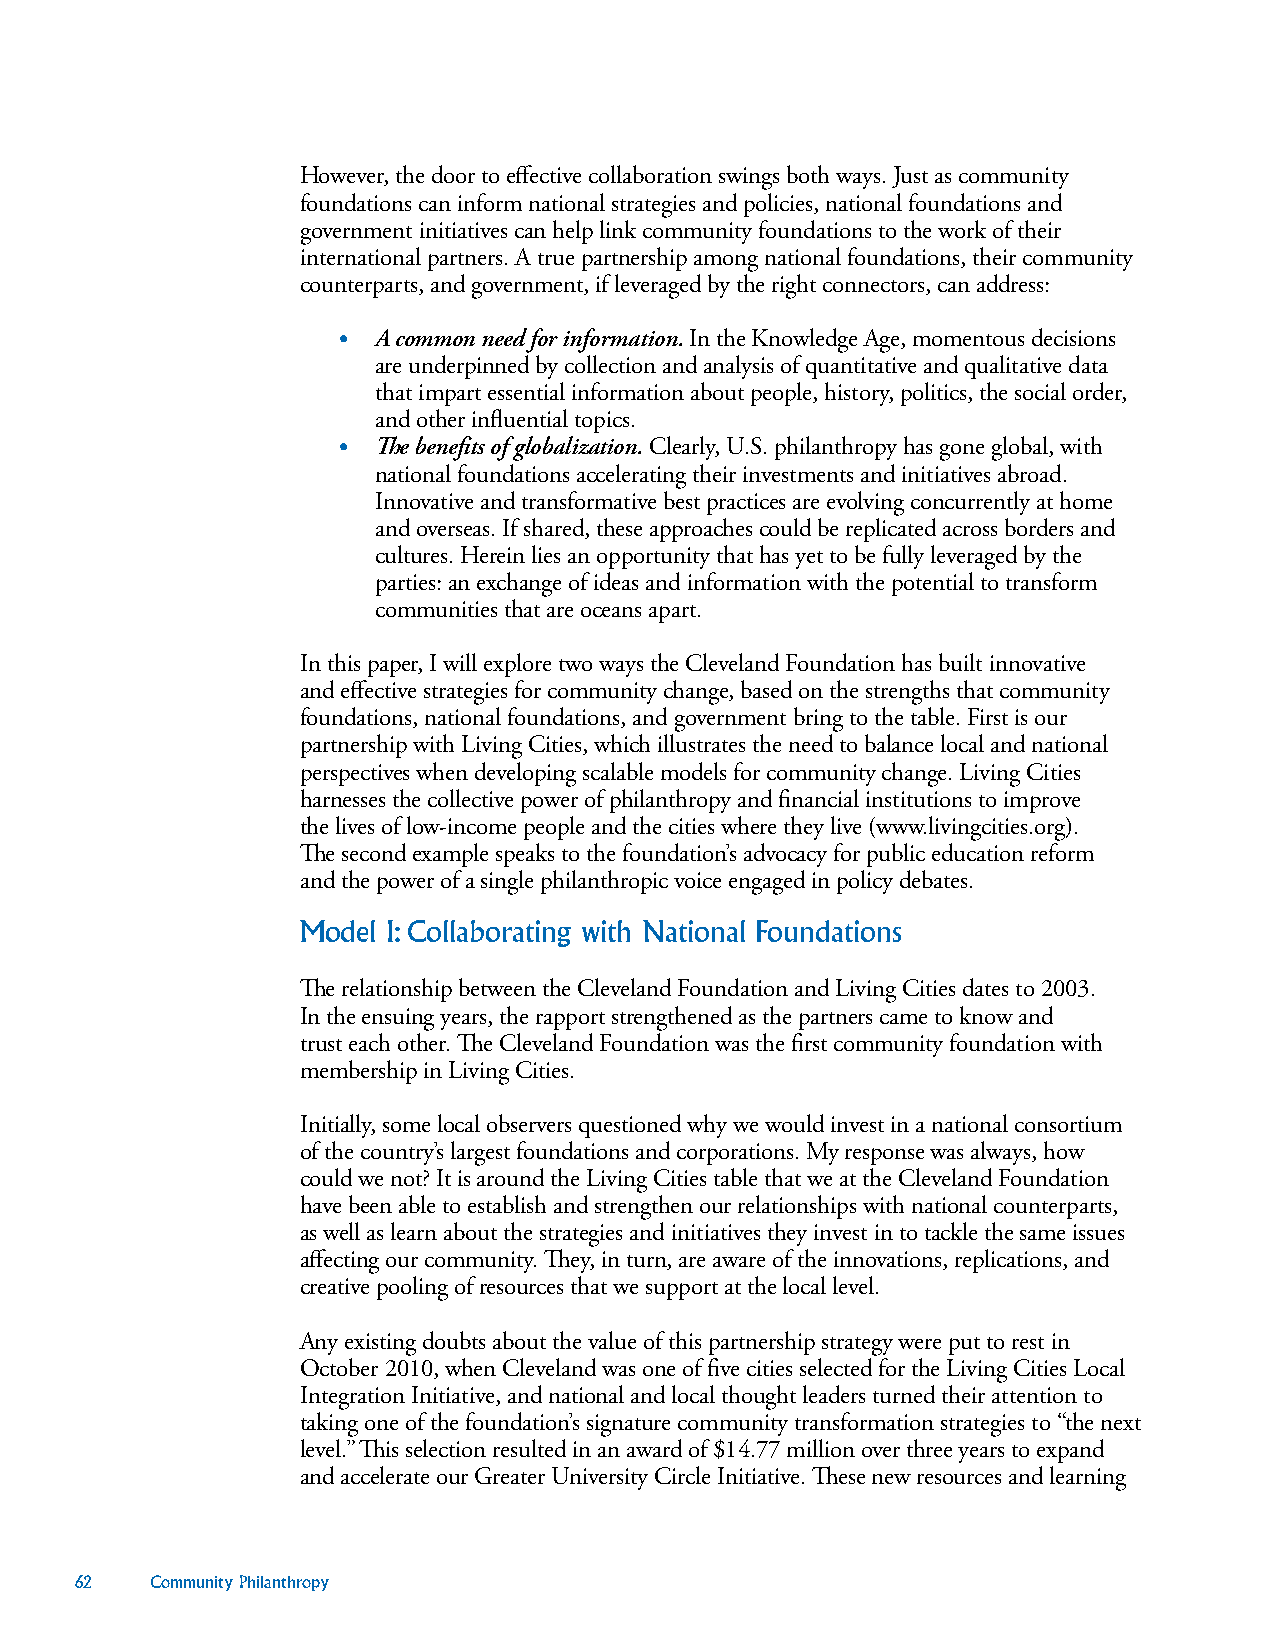
However, the door to effective collaboration swings both ways. Just as community
 foundations can inform national strategies and policies, national foundations and
 government initiatives can help link community foundations to the work of their
 international partners. A true partnership among national foundations, their community
 counterparts, and government, if leveraged by the right connectors, can address:
 •  A common need for information. In the Knowledge Age, momentous decisions
 are underpinned by collection and analysis of quantitative and qualitative data
 that impart essential information about people, history, politics, the social order,
 and other influential topics.
 •  The benefits of globalization. Clearly, U.S. philanthropy has gone global, with
 national foundations accelerating their investments and initiatives abroad.
 Innovative and transformative best practices are evolving concurrently at home
 and overseas. If shared, these approaches could be replicated across borders and
 cultures. Herein lies an opportunity that has yet to be fully leveraged by the
 parties: an exchange of ideas and information with the potential to transform
 communities that are oceans apart.
 In this paper, I will explore two ways the Cleveland Foundation has built innovative
 and effective strategies for community change, based on the strengths that community
 foundations, national foundations, and government bring to the table. First is our
 partnership with Living Cities, which illustrates the need to balance local and national
 perspectives when developing scalable models for community change. Living Cities
 harnesses the collective power of philanthropy and financial institutions to improve
 the lives of low-income people and the cities where they live (www.livingcities.org).
 The second example speaks to the foundation’s advocacy for public education reform
 and the power of a single philanthropic voice engaged in policy debates.
 Model I: Collaborating with National Foundations
 The relationship between the Cleveland Foundation and Living Cities dates to 2003.
 In the ensuing years, the rapport strengthened as the partners came to know and
 trust each other. The Cleveland Foundation was the first community foundation with
 membership in Living Cities.
 Initially, some local observers questioned why we would invest in a national consortium
 of the country’s largest foundations and corporations. My response was always, how
 could we not? It is around the Living Cities table that we at the Cleveland Foundation
 have been able to establish and strengthen our relationships with national counterparts,
 as well as learn about the strategies and initiatives they invest in to tackle the same issues
 affecting our community. They, in turn, are aware of the innovations, replications, and
 creative pooling of resources that we support at the local level.
 Any existing doubts about the value of this partnership strategy were put to rest in
 October 2010, when Cleveland was one of five cities selected for the Living Cities Local
 Integration Initiative, and national and local thought leaders turned their attention to
 taking one of the foundation’s signature community transformation strategies to “the next
 level.” This selection resulted in an award of $14.77 million over three years to expand
 and accelerate our Greater University Circle Initiative. These new resources and learning
 62   Community Philanthropy